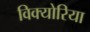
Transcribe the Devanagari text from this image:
विक्योरिया